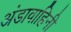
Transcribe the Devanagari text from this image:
अंडावाहिनी